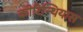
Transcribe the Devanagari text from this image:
कोरिन्थियास